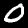
Label: 0